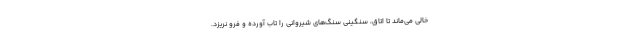
خالی می‌ماند تا اتاق، سنگینی سنگ‌های شیروانی را تاب آورده و فرو نریزد.